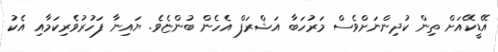
އޭޑީކޭއަށް ތިން ކުދިންނަށްވެސް މަރުހަބާ އަޝްރަފް އެހެން ބުންޏެވެ. ޔައިނާ ފަހުރުވެރިކަމާއި އެކު